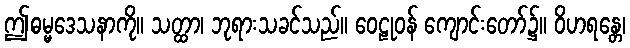
ဤဓမ္မဒေသနာကို။ သတ္ထာ၊ ဘုရားသခင်သည်။ ဝေဠုဝန် ကျောင်းတော်၌။ ဝိဟရန္တေ၊